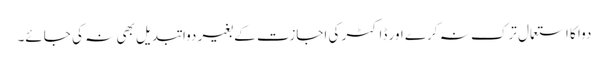
دوا کا استعمال ترک نہ کرے اور ڈاکٹر کی اجازت کے بغیر دوا تبدیل بھی نہ کی جائے۔